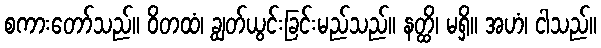
စကားတော်သည်။ ဝိတထံ၊ ချွတ်ယွင်းခြင်းမည်သည်။ နတ္ထိ၊ မရှိ။ အဟံ၊ ငါသည်။